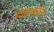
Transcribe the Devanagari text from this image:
शिहाबद्दीन